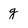
Character: g